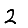
Digit: 2